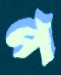
প